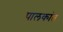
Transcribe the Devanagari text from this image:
पालकांत